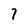
Character: 7